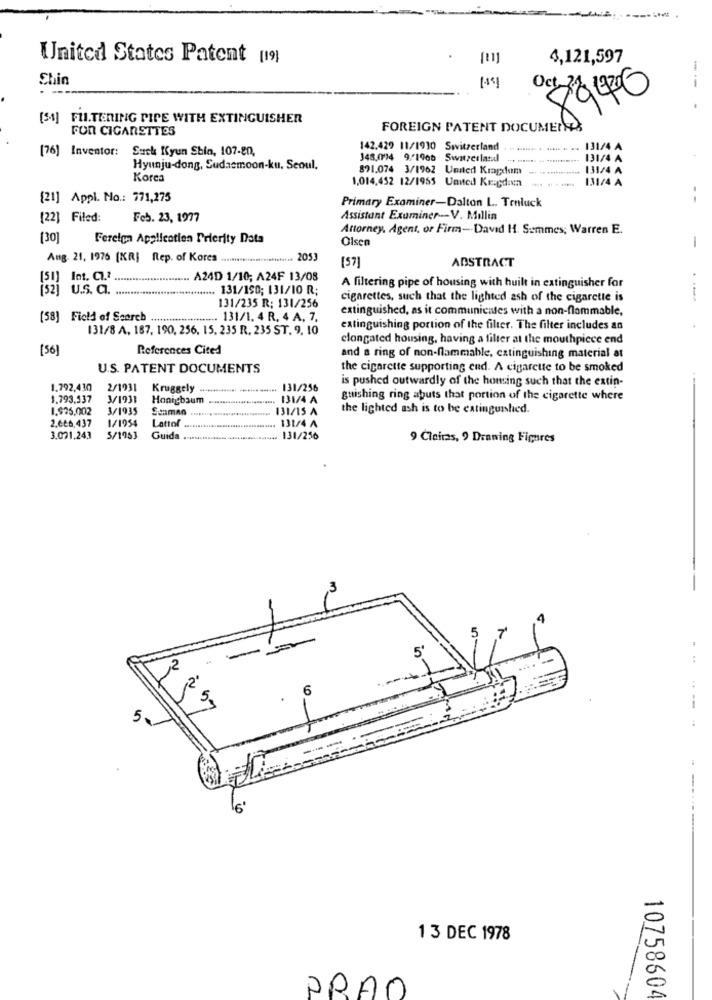
United States Patent [19)
.
4,121,597
Shin
Oct 31
89400
[34] FU.TERING PIPE WITH EXTINGUISHER
FOR CIGARETTES
FOREIGN PATENT DOCUMENTS
[76] Inventor: Sack Kyun Shin, 107-20.
142.429 11/1930 Switzerland
.....
131/4 A
348.094 9. 1965 Switzerlatal
131/4 A
Hyunju-dong, Sudasmoon-ku. Seoul.
891.074 3/1962 United Kragdam
131/4 A
Kores
1.014,452 12/1955 United Kragdan
----
131/4 A
[21] Appl. No .: 771,275
Primary Examiner-Dalton L. Traluck
[22] Filed:
Feb. 23, 1977
Assistant Examiner --- V. Millin
Attorney. Agent, or Firm -. David 11. Summes; Warren E.
[30]
Foreign Application Prierity Data
Olsen
-
Aug. 21, 1976 (KR] Rep. of Kores ......
metinis 2053
[57]
ABSTRACT
(51] Int. C1.ª.
A24D 1/10; A24F 13/08
[52] u.s. a.
..... 131/150; 131/10 R;
A filtering pipe of housing with huilt in extinguisher for
131/235 R: 131/256
cigarettes, such that the lighted ash of the cigarette is
extinguished, as it communicates with a non-flammable,
(58] Field of Search .
....... 131/1. 4 R. 4 A, 7,
131/8 A, 187, 190, 256, 15, 235 R. 235 ST. 9, 10
extinguishing portion of the filter. The filter includes an
clongated housing, having a filter at the mouthpiece end
[56]
References Cited
and a ring of non-flammable, extinguishing material at
U.S. PATENT DOCUMENTS
the cigarette supporting end. A cigarette to be smoked
is pushed outwardly of the housing such that the extin-
1.792,430
2/1931
Kruggely .............. ............ 131/256
1.793.537
3/1931
Honigbaum ......................... 131/4 A
guishing ring abuts that portion of the cigarette where
1.$25.002
3/1935
..... 131/15 A
the lighted ash is to be extinguished.
2.666,437
1/1954
Lattof ................................ 131/4 A
3.071,243
5/1983
Guida .................................... 131/256
9 Clairas, 9 Drawing Figures
5
...
2
5.
--.
5.
-
6'
13 DEC 1978
PRAO
10758604